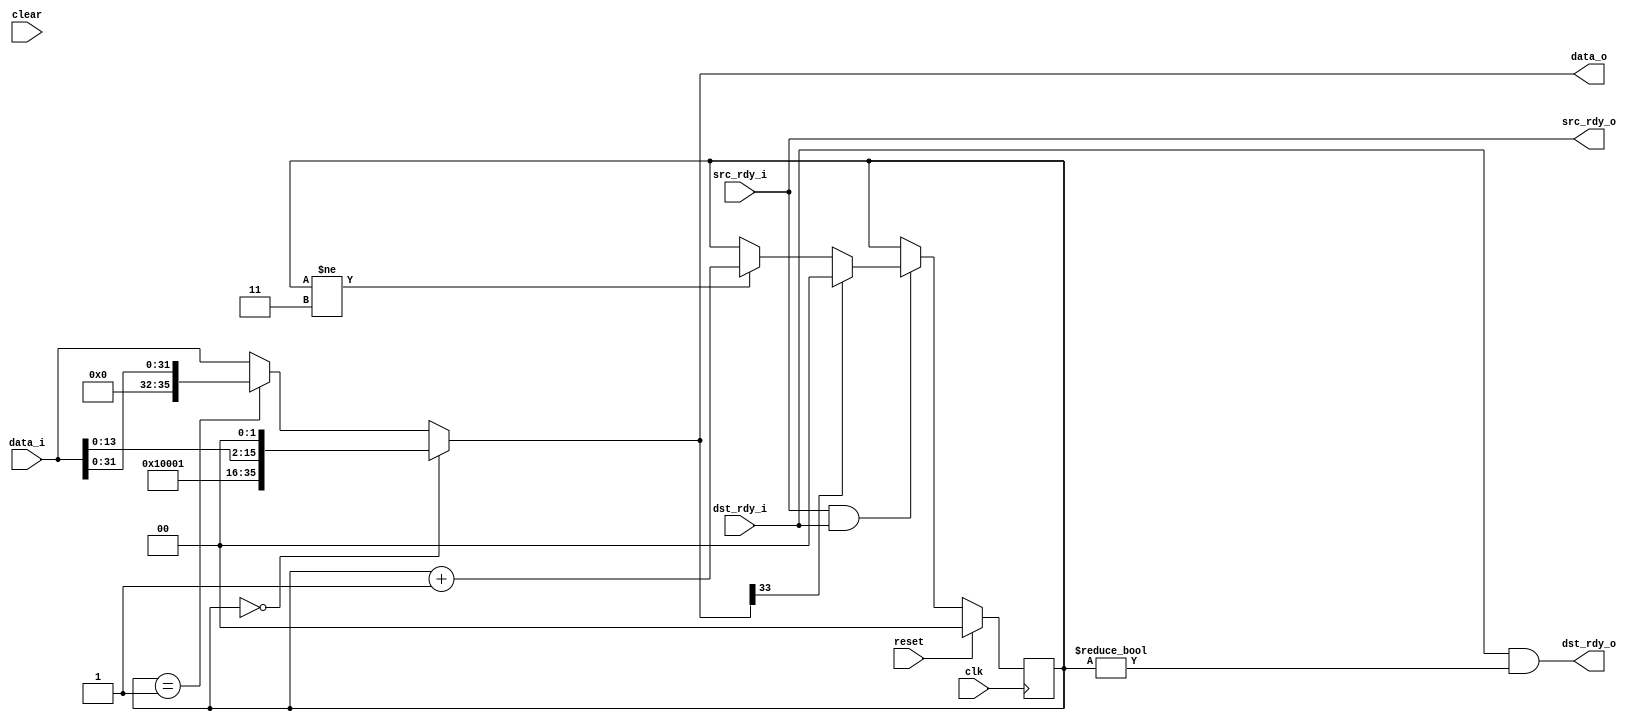
module add_routing_header
  #(parameter PORT_SEL = 0,
    parameter PROT_ENG_FLAGS = 1)
   (input clk, input reset, input clear,
    input [35:0] data_i, input src_rdy_i, output dst_rdy_o,
    output [35:0] data_o, output src_rdy_o, input dst_rdy_i);

   reg [1:0] 	  line;
   wire [1:0] 	  port_sel_bits = PORT_SEL;
   wire [15:0] 	  len = data_i[15:0];
   
   always @(posedge clk)
     if(reset)
       line <= PROT_ENG_FLAGS ? 0 : 1;
     else
       if(src_rdy_o & dst_rdy_i)
	 if(data_o[33])
	   line <= PROT_ENG_FLAGS ? 0 : 1;
	 else
	   if(line != 3)
	     line <= line + 1;

   assign data_o = (line == 0) ? {4'b0001, 13'b0, port_sel_bits, 1'b1, len[13:0],2'b00} :
		   (line == 1) ? {3'b000, (PROT_ENG_FLAGS ? 1'b0: 1'b1), data_i[31:0]} : 
		   data_i[35:0];

   assign dst_rdy_o = dst_rdy_i & (line != 0);
   assign src_rdy_o = src_rdy_i;
   
endmodule